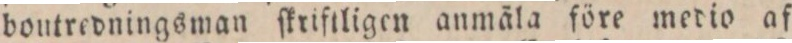
boutredningsman ſkriftligen anmäla före medio af